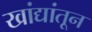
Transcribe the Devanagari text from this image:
खांद्यांतून